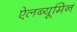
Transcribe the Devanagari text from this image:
ऐलब्यूमिन